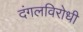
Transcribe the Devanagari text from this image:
दंगलविरोधी